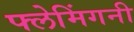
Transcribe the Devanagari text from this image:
फ्लेमिंगनी